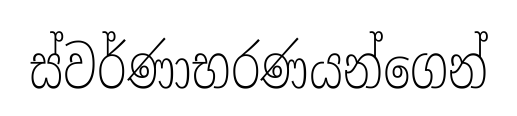
ස්වර්ණාභරණයන්ගෙන්